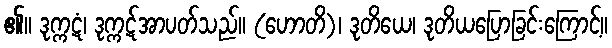
၏။ ဒုက္ကဋံ၊ ဒုက္ကဋ်အာပတ်သည်။ (ဟောတိ)၊ ဒုတိယေ၊ ဒုတိယပြောခြင်းကြောင့်။